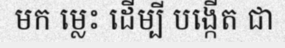
មក ម្លេះ ដើម្បី បង្កើត ជា